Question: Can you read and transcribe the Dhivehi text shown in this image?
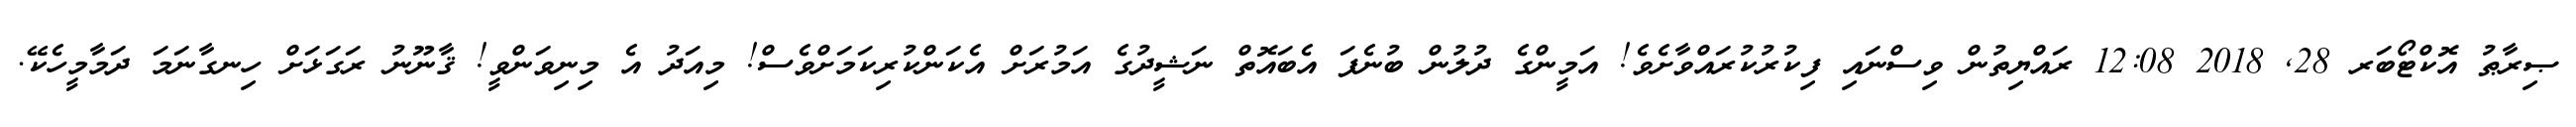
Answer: ޞިރާޠު އޮކްޓޯބަރ 28, 2018 12:08 ރައްޔިތުން ވިސްނައި ފިކުރުކުރައްވާށެވެ! އަމީންގެ ދުލުން ބުނެފަ އެބައޮތް ނަޝީދުގެ އަމުރަށް އެކަންކުރިކަމަށްވެސް! މިއަދު އެ މިނިވަންވީ! ޤާނޫނު ރަގަޅަށް ހިނގާނަމަ ދަމާމީހެކޭ.